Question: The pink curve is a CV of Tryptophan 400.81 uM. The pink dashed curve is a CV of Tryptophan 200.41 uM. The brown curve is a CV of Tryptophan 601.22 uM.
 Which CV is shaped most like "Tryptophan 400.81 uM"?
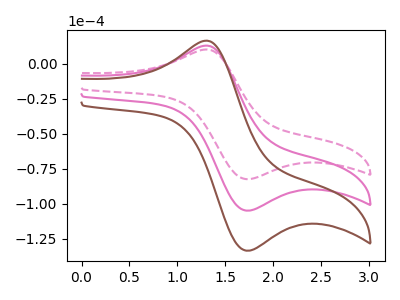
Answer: <think>The pink curve "Tryptophan 400.81 uM" has an anodic peak at (1.30V, 12.90uA) and a cathodic peak at (1.70V, -104.95uA). The pink dashed curve "Tryptophan 200.41 uM" has an anodic peak at (1.30V, 10.15uA) and a cathodic peak at (1.70V, -82.50uA). The brown curve "Tryptophan 601.22 uM" has an anodic peak at (1.30V, 25.80uA) and a cathodic peak at (1.70V, -209.95uA).
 All the peaks in "Tryptophan 400.81 uM" have a peak in "Tryptophan 200.41 uM" at the same potential. Every peak in "Tryptophan 400.81 uM" is higher than every peak in "Tryptophan 200.41 uM". All the peaks in "Tryptophan 400.81 uM" have a peak in "Tryptophan 601.22 uM" at the same potential. Every peak in "Tryptophan 400.81 uM" is lower than every peak in "Tryptophan 601.22 uM". All the peaks in "Tryptophan 200.41 uM" have a peak in "Tryptophan 601.22 uM" at the same potential. Every peak in "Tryptophan 200.41 uM" is lower than every peak in "Tryptophan 601.22 uM".</think>
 <answer>"Tryptophan 400.81 uM" and "Tryptophan 601.22 uM" have a similar shape to "Tryptophan 200.41 uM".</answer>
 <eval>"Tryptophan 400.81 uM" "Tryptophan 601.22 uM"</eval>